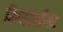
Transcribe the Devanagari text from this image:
बिबवेवाडीला